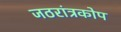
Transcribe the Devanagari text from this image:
जठरांत्रकोप